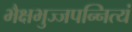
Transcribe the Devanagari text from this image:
भैक्षभुज्जपन्नित्यं